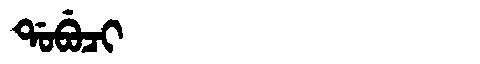
Manchu: ᡩᠣᠪᡠᠴᡳ
Romanization: DOBUCI